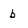
Character: b